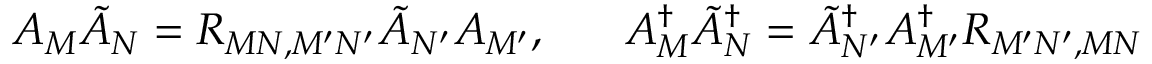
A _ { M } \tilde { A } _ { N } = R _ { M N , M ^ { \prime } N ^ { \prime } } \tilde { A } _ { N ^ { \prime } } A _ { M ^ { \prime } } , \; \; \; \; \; \; A _ { M } ^ { \dagger } \tilde { A } _ { N } ^ { \dagger } = \tilde { A } _ { N ^ { \prime } } ^ { \dagger } A _ { M ^ { \prime } } ^ { \dagger } R _ { M ^ { \prime } N ^ { \prime } , M N }